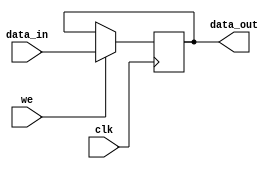
`timescale 1ns / 1ps
//////////////////////////////////////////////////////////////////////////////////
// Company: 
// Engineer: 
// 
// Design Name: 
// Module Name:    interface_led 
// Project Name: 
// Target Devices: 
// Tool versions: 
// Description: 
//
// Dependencies: 
//
// Revision: 
// Revision 0.01 - File Created
// Additional Comments: 
//
//////////////////////////////////////////////////////////////////////////////////
module interface_led(
		input [7:0] data_in,
		output reg [7:0] data_out,
		input we,
		input clk
    );

		always @(posedge clk) begin
			if(we) begin
				data_out <= data_in;
			end
		end

endmodule